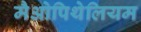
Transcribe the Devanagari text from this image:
मैओपिथेलियम